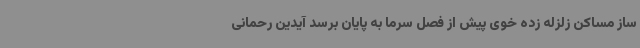
ساز مساکن زلزله زده خوی پیش از فصل سرما به پایان برسد آیدین رحمانی